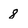
Character: 8